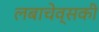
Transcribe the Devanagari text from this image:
लबाचेव्सकी